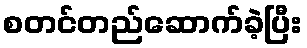
စတင်တည်ဆောက်ခဲ့ပြီး